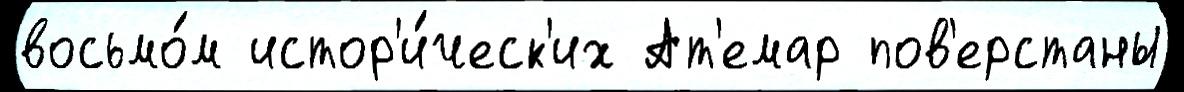
восьмо́м истор'и́ческ'их Ат'емар пов'ерстаны